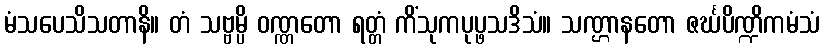
မံသပေသိသတာနိ။ တံ သဗ္ဗမ္ပိ ဝဏ္ဏတော ရတ္တံ ကိံသုကပုပ္ဖသဒိသံ။ သဏ္ဌာနတော ဇင်္ဃပိဏ္ဍိကမံသံ